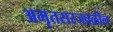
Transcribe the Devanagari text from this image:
अमृतसरजवळील